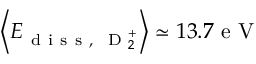
\left\langle E _ { \mathrm { ~ d ~ i ~ s ~ s ~ , ~ } \mathrm { ~ D ~ } _ { 2 } ^ { + } } \right\rangle \simeq 1 3 . 7 \mathrm { ~ e ~ V ~ }